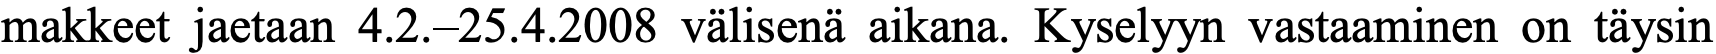
makkeet jaetaan 4.2.–25.4.2008 välisenä aikana. Kyselyyn vastaaminen on täysin